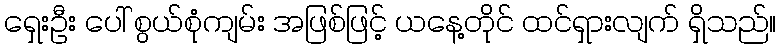
ရှေးဦး ပေါ် စွယ်စုံကျမ်း အဖြစ်ဖြင့် ယနေ့တိုင် ထင်ရှားလျက် ရှိသည်။